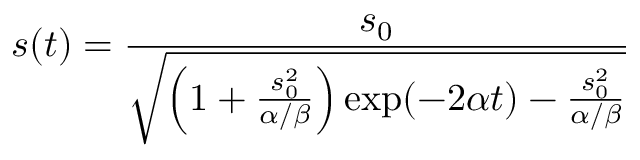
s ( t ) = \frac { s _ { 0 } } { \sqrt { \left( 1 + \frac { s _ { 0 } ^ { 2 } } { \alpha / \beta } \right) \exp ( - 2 \alpha t ) - \frac { s _ { 0 } ^ { 2 } } { \alpha / \beta } } }